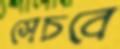
সেচবে